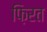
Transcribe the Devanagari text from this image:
फ़िरत